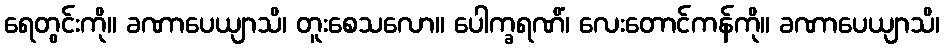
ရေတွင်းကို။ ခဏာပေယျာသိ၊ တူးစေသလော။ ပေါက္ခရဏိံ၊ လေးတောင်ကန်ကို။ ခဏာပေယျာသိ၊